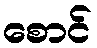
စောင်